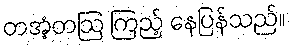
တအံ့တဩ ကြည့် နေပြန်သည်။